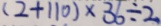
( 2 + 1 1 0 ) \times 3 6 \div 2